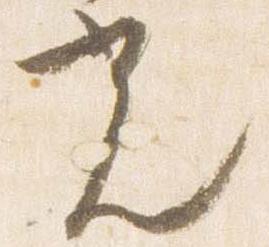
光